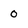
Character: 0